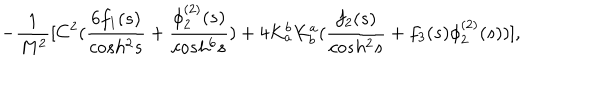
\; \; \; - \frac { 1 } { M ^ { 2 } } [ C ^ { 2 } ( \frac { 6 f _ { 1 } ( s ) } { c o s h ^ { 2 } s } + \frac { \phi _ { 2 } ^ { ( 2 ) } ( s ) } { c o s h ^ { 6 } s } ) + 4 K _ { a } ^ { b } K _ { b } ^ { a } ( \frac { f _ { 2 } ( s ) } { c o s h ^ { 2 } s } + f _ { 3 } ( s ) \phi _ { 2 } ^ { ( 2 ) } ( s ) ) ] ,